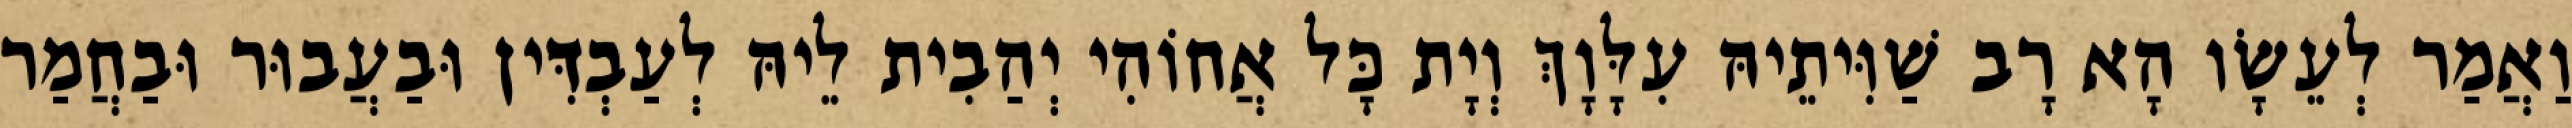
וַאֲמַר לְעֵשָׂו הָא רָב שַׁוִּיתֵיהּ עִלָּוָךְ וְיָת כָּל אֲחוֹהִי יְהַבִית לֵיהּ לְעַבְדִּין וּבַעֲבוּר וּבַחֲמַר